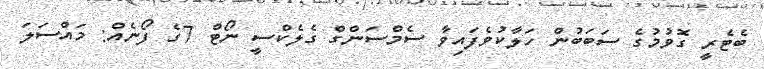
ބެޓެރީ ގޮވުމުގެ ސަބަބުން ހަލާކުވެފައިވާ ސެމްސަންގް ގެލެކްސީ ނޯޓް 7ގެ ފޯނެއް: މައްސަލަ